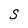
Character: S